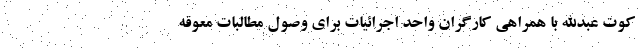
کوت عبدالله با همراهی کارگران واحد اجرائیات برای وصول مطالبات معوقه